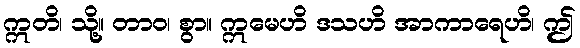
ဣတိ၊ သို့။ တာဝ၊ စွာ။ ဣမေဟိ ဒသဟိ အာကာရေဟိ၊ ဤ